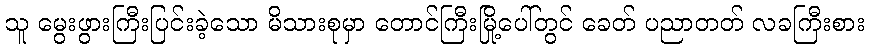
သူ မွေးဖွားကြီးပြင်းခဲ့သော မိသားစုမှာ တောင်ကြီးမြို့ပေါ်တွင် ခေတ် ပညာတတ် လခကြီးစား